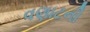
વણાટની